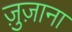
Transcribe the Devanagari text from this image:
ज़ुज़ाना